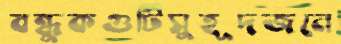
বন্ধুকগুটিসুহূদজনে